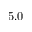
5 . 0